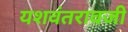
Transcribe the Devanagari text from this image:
यशवंतरावजी